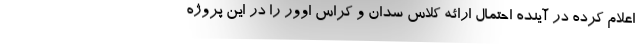
اعلام کرده در آینده احتمال ارائه کلاس سدان و کراس اوور را در این پروژه